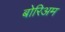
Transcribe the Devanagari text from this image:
बोरिअम